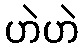
ဟဲဟဲ